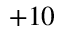
+ 1 0